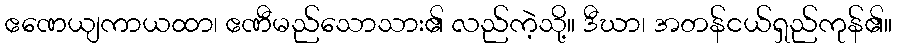
ဧဏေယျကာယထာ၊ ဧဏီမည်သောသား၏ လည်ကဲ့သို့။ ဒီဃာ၊ အတန်ငယ်ရှည်ကုန်၏။